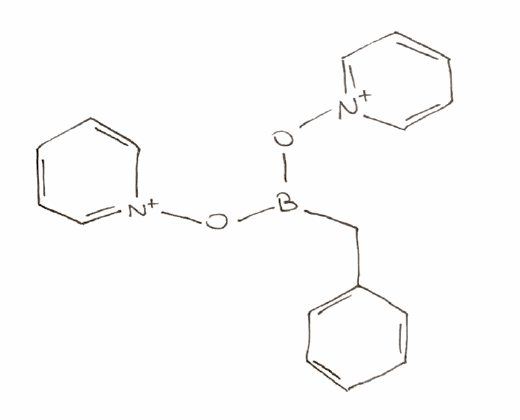
Simplified molecular-input line-entry system (SMILES) notation of the given molecule:
B(CC1=CC=CC=C1)(O[N+]2=CC=CC=C2)O[N+]3=CC=CC=C3